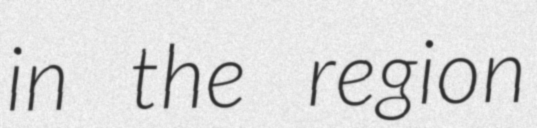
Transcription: in the region